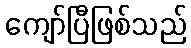
ကျော်ပြီဖြစ်သည်